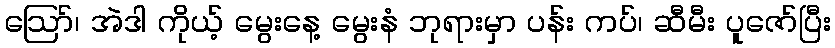
ဪ၊ အဲဒါ ကိုယ့် မွေးနေ့ မွေးနံ ဘုရားမှာ ပန်း ကပ်၊ ဆီမီး ပူဇော်ပြီး